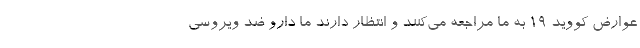
عوارض کووید ۱۹ به ما مراجعه می‌کنند و انتظار دارند ما دارو ضد ویروسی